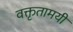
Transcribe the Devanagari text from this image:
वक्तृतामयी